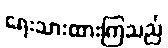
ရေးသားထားကြသည်